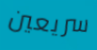
سريعين